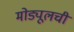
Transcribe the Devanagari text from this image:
मोड्यूलची